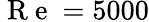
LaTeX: \mathrm{~R~e~}=5000